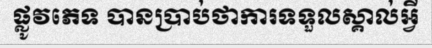
ផ្លូវភេទ បានប្រាប់ថាការទទួលស្គាល់អ្វី